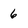
Character: 6